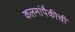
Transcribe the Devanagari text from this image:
कलमांपैकीची